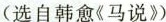
(选自韩愈《马说》)